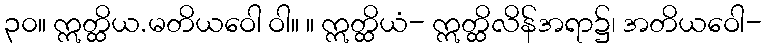
၃၀။ ဣတ္ထိယ.မတိယဝေါ ဝါ။ ။ ဣတ္ထိယံ- ဣတ္ထိလိန်အရာ၌၊ အတိယဝေါ-